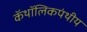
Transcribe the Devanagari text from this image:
कॅथॉलिकपंथीय